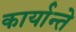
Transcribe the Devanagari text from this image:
कार्यान्ते